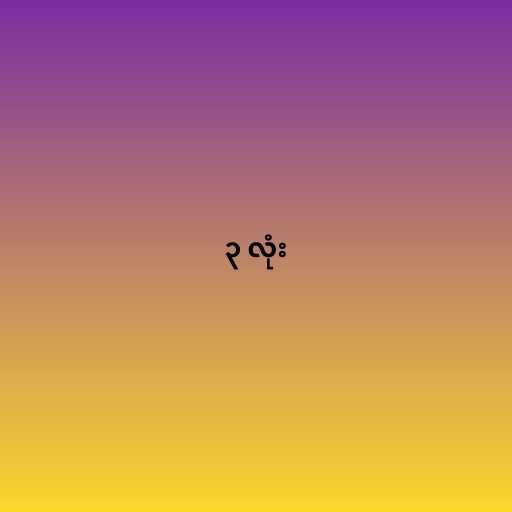
၃ လုံး